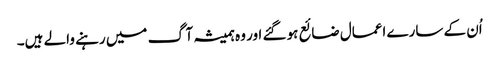
اُن کے سارے اعمال ضائع ہو گئے اور وہ ہمیشہ آگ میں رہنے والے ہیں۔